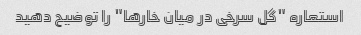
استعاره "گل سرخی در میان خارها" را توضیح دهید